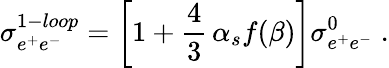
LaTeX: \sigma_{e^{+}e^{-}}^{1-loop}=\left[1+\frac{4}{3}\, \alpha_{s}f(\beta)\right]\sigma_{e^{+}e^{-}}^{0}\; .